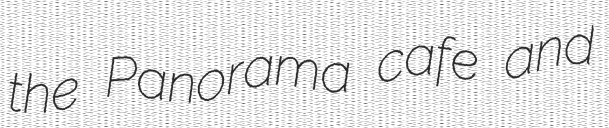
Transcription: the Panorama cafe and